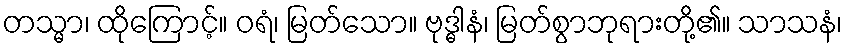
တသ္မာ၊ ထိုကြောင့်။ ဝရံ၊ မြတ်သော။ ဗုဒ္ဓါနံ၊ မြတ်စွာဘုရားတို့၏။ သာသနံ၊